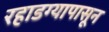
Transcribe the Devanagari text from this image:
रहाडग्यापासून